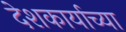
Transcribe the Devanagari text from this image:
देशकार्याच्या